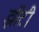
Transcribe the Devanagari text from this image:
झोंटी